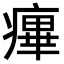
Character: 𤹝